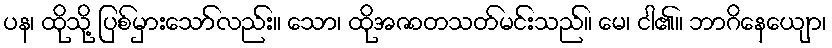
ပန၊ ထိုသို့ ပြစ်မှားသော်လည်း။ သော၊ ထိုအဇာတသတ်မင်းသည်။ မေ၊ ငါ၏။ ဘာဂိနေယျော၊